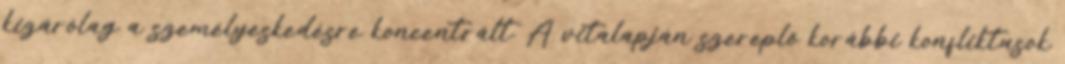
kizárólag a személyeskedésre koncentrált. A vitalapján szereplő korábbi konfliktusok